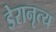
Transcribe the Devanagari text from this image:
डेरानृत्य